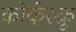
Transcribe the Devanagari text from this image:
कोर्कस्क्रू